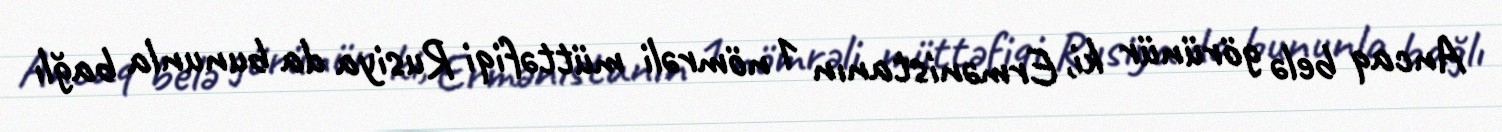
Ancaq belə görünür ki, Ermənistanın 1 nömrəli müttəfiqi Rusiya da bununla bağlı